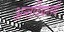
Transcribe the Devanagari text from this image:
अन्तर्विद्यालयी